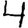
Digit: 4